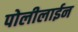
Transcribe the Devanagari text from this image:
पोलीलाईन